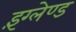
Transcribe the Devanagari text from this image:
इंग्लेण्ड